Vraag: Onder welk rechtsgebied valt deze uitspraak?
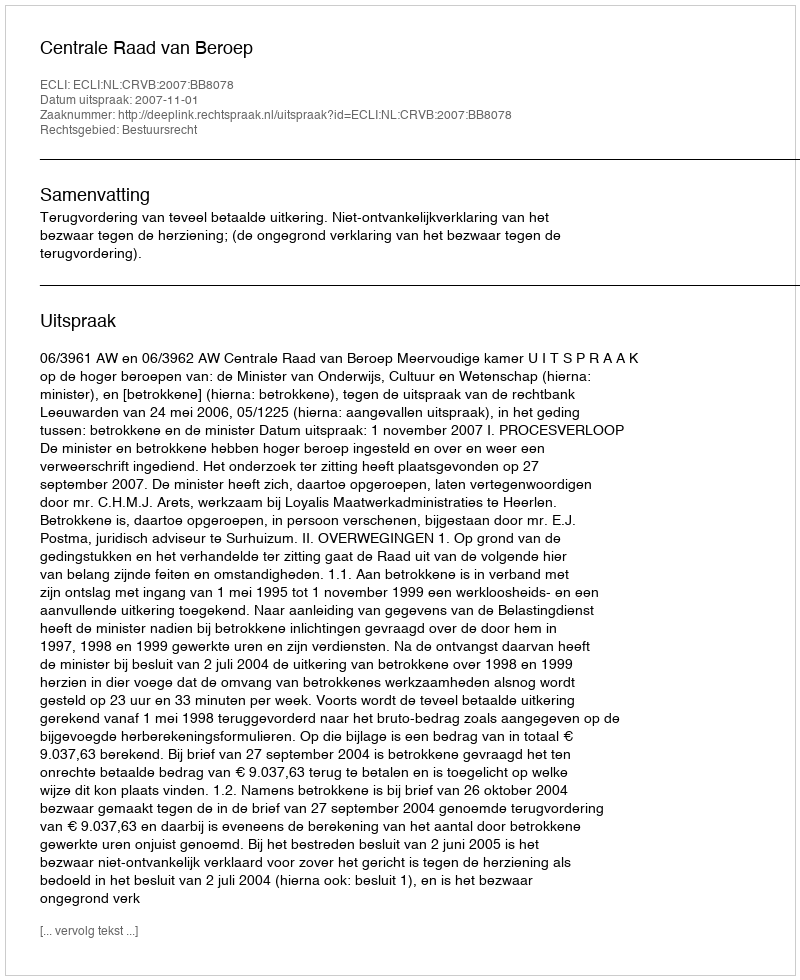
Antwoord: Bestuursrecht